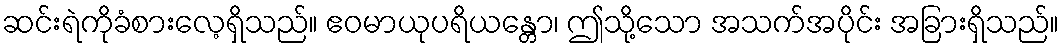
ဆင်းရဲကိုခံစားလေ့ရှိသည်။ ဧဝမာယုပရိယန္တော၊ ဤသို့သော အသက်အပိုင်း အခြားရှိသည်။